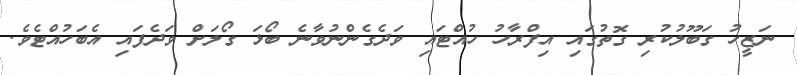
ނަޒީހު ގަބޫލުކުރި ގޮތުގައި އިފްރާހު ހުއްޓައި ވަދެގެންނުވާނެ ބޯޅަ ގޯލަށް ވަދެފައި އެބަހުއްޓެވެ.